Paatsalu_vallavalitsus, lk 25
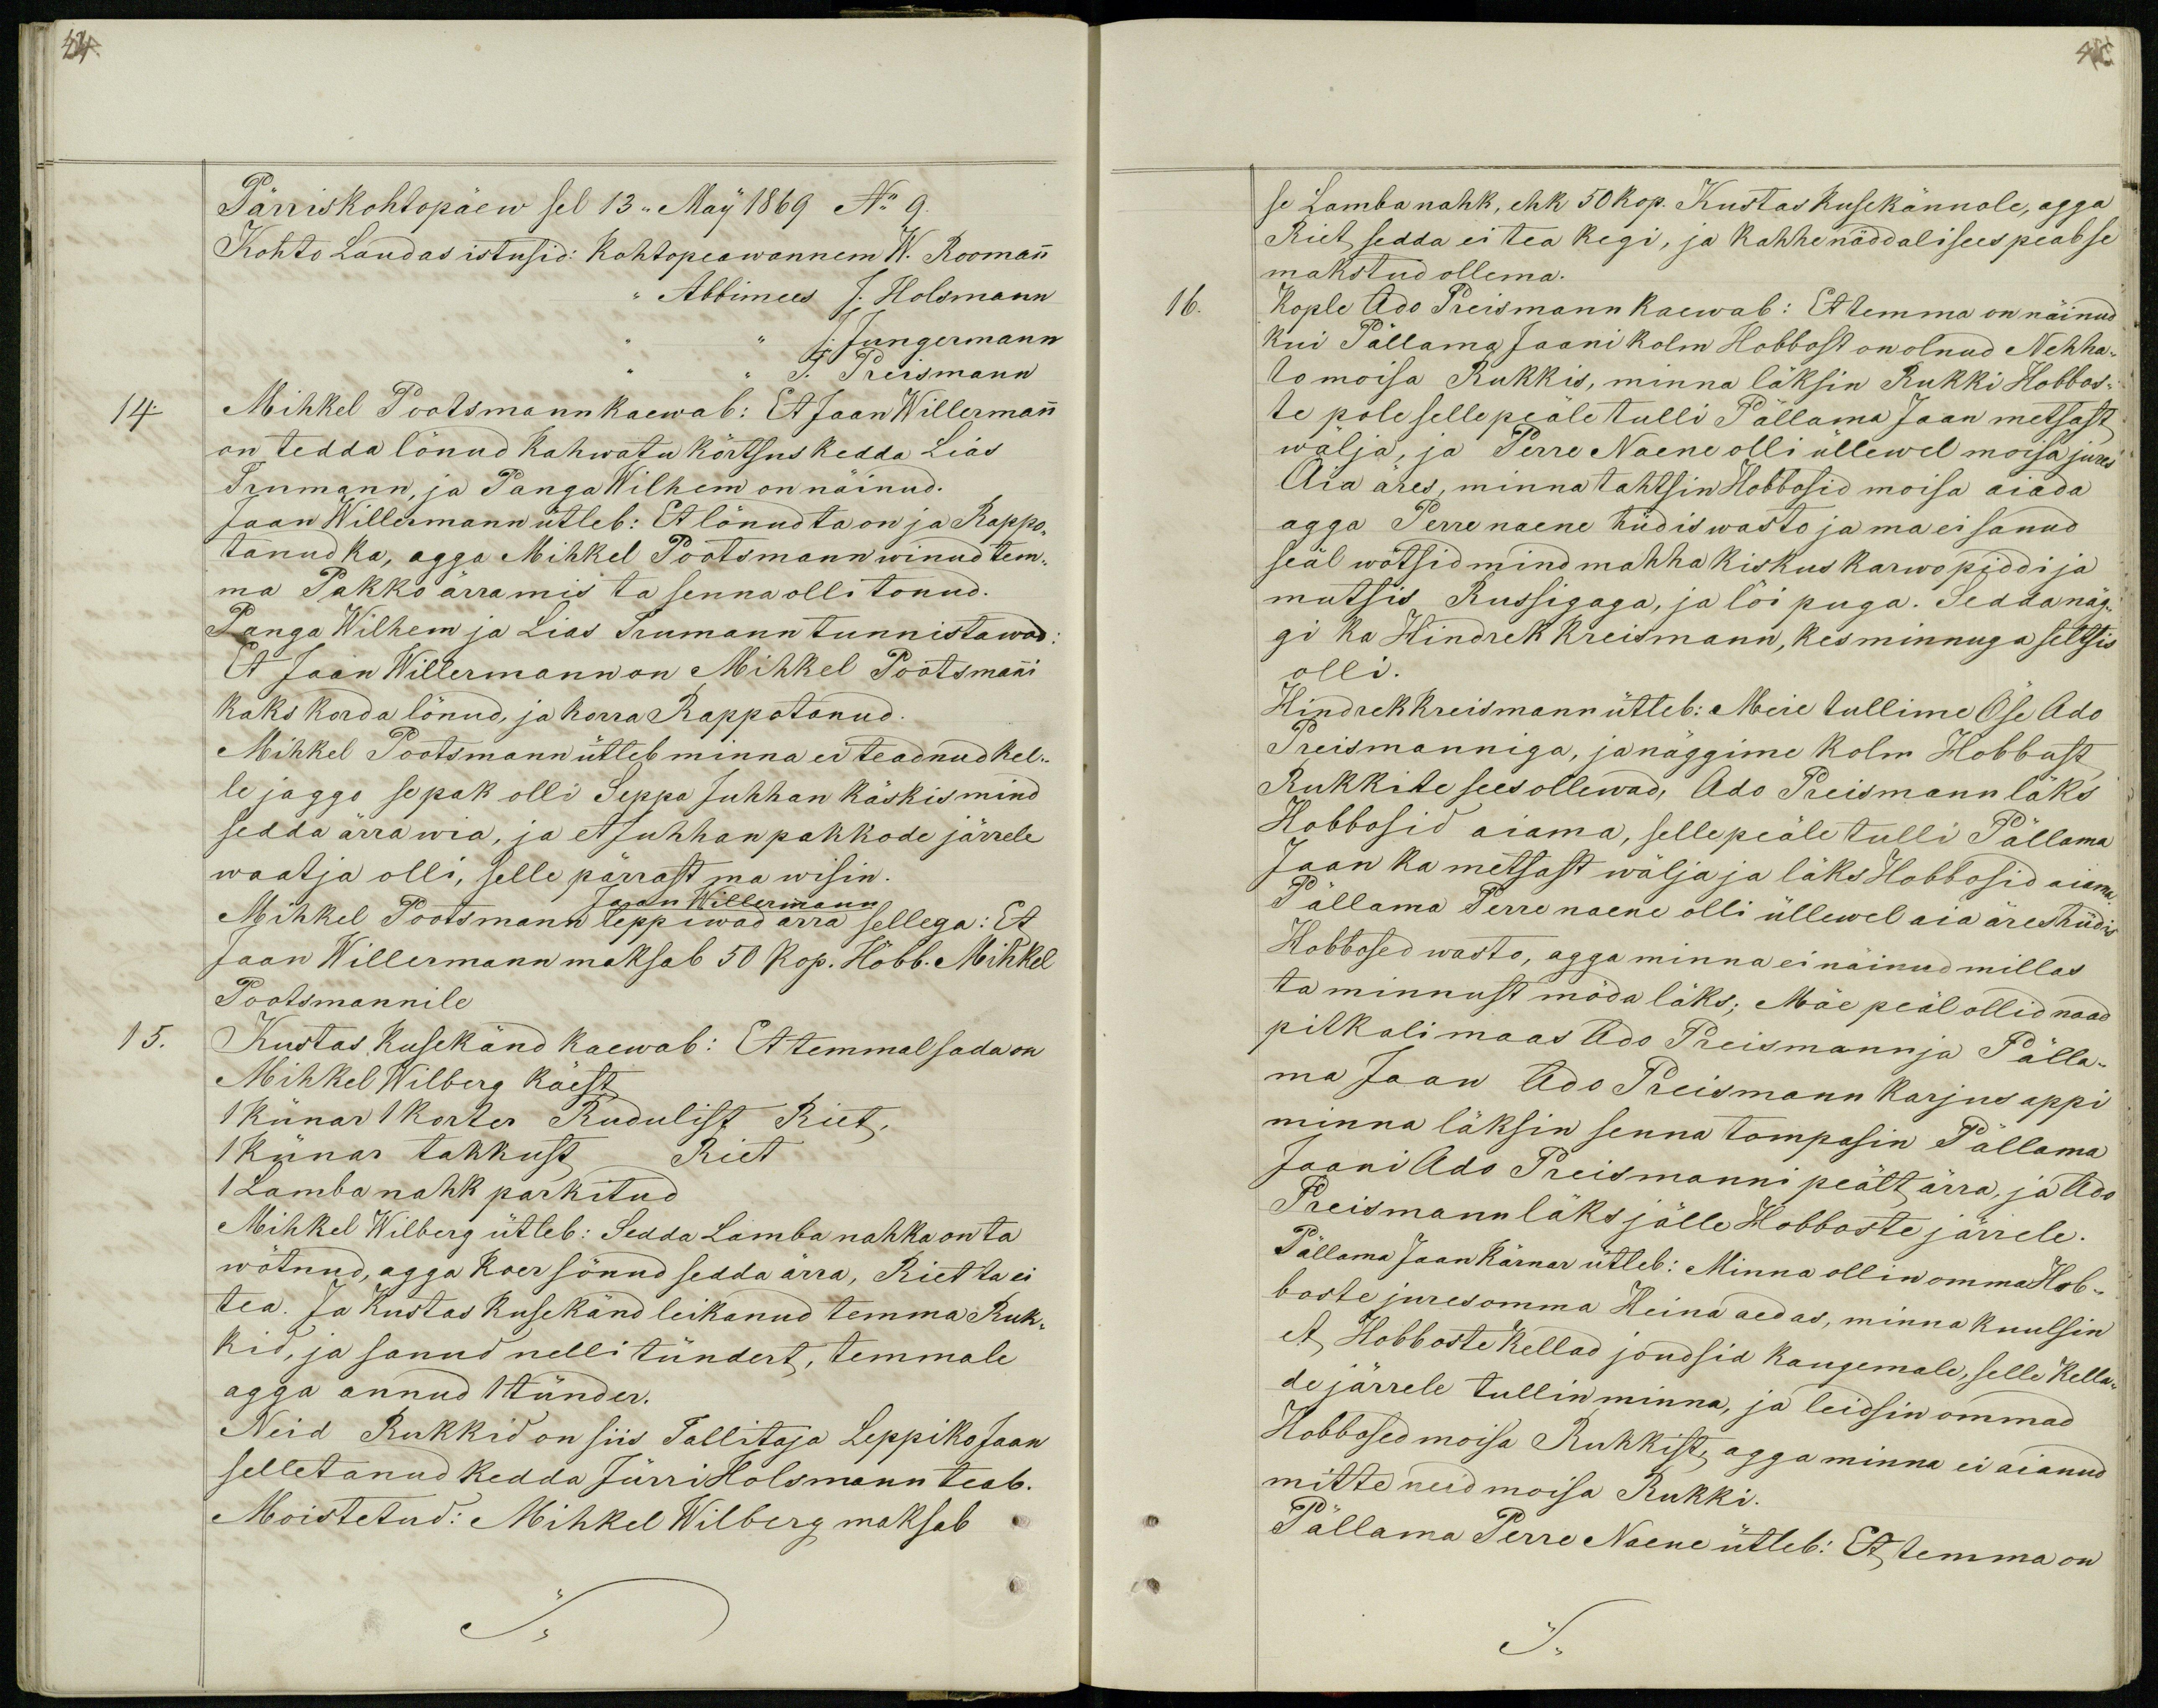
44

45

Pärriskohtopäew sel 13 ,, May´´ 1869 No 9.
Kohto Laudas istusid: Kohtopeawannem W. Roomann
,, Abbimees J. Holsmann
J. Jungermann
J. Preismann
14.
Mihkel Pootsmann kaewab: Et Jaan Willermann
on tedda lönud Kahwatu kõrtsus kedda Lias
Irumann, ja Panga Wilhem on näinud.
Jaan Willermann ütleb: Et lönud ta on ja Rappo-
tanud ka, agga Mihkel Pootsmann winud tem-
ma Pakko ärra mis ta senna olli tonud.
Panga Wilhem ja Lias Irumann tunnistawad:
Et Jaan Willermann on Mihkel Pootsmanni
kaks korda lönud, ja korra Rappotanud.
Mihkel Pootsmann ütleb minna ei teadnud kel-
le jaggo se pak olli Seppa Juhhan käskis mind
sedda ärra wia, ja et Juhhan pakkode järrele
waatja olli, selle pärrast ma wisin.
Mihkel Pootsmann leppiwad ärra sellega: Et
Jaan Willermann
Jaan Willermann maksab 50 kop. Höbb. Mihkel
Pootsmannile
15.
Kustas Kusekänd kaewab: Et temmal sada on
Mihkel Wilberg käest
1 Künar 1 korter Rudulist Riet,
1 Künar takkust
Riet
1 Lamba nahk parkitud
Mihkel Wilberg ütleb: Sedda Lamba nahka on ta
wõtnud, agga Koer sönud sedda ärra, Riet ta ei
tea. Ja Kustas Kusekänd leikanud temma Ruk-
kid, ja sanud nelli tündert, temmale
agga annud 1 tünder.
Neid Rukkid on siis Tallitaja Leppiko Jaan
selletanud kedda Jürri Holsmann teab.
Moistetud: Mihkel Wilberg maksab

se Lamba nahk, ehk 50 kop. Kustas Kusekännole, agga
Riet sedda ei tea kegi, ja kahhe näddali sees peab se
makstud ollema.
16.
Kople Ado Preismann kaewab: Et temma on näinud
kui Pällama Jaani kolm Hobbost on olnud Nehha-
to moisa Rukkis, minna läksin Rukki Hobbos-
te pole selle peäle tulli Pällama Jaan metsast
wälja, ja Perre Naene olli üllewel moisa jures
Aia äres, minna tahtsin Hobbosid moisa aiada
agga Perre naene hüdis wasto ja ma ei sanud
seäl wõtsid mind mahha kiskus karwopiddi ja
mutsis Russigaga, ja lõi puga. Sedda näg-
gi ka Hindrek Kreismann, kes minnuga seltsis
olli.
Hindrek Kreismann ütleb: Meie tullime Öse Ado
Preismanniga, ja näggime kolm Hobbost
Rukkite sees ollewad, Ado Preismann läks
Hobbosid aiama, sellepeäle tulli Pällama
Jaan ka metsast wälja ja läks Hobbosid aiama
Pällama Perre naene olli üllewel aia äres hüdis
Hobbosed wasto, agga minna ei näinud millas
ta minnust möda läks; Mäe peäl ollid naad
pitkali maas Ado Preismann ja Pälla-
ma Jaan Ado Preismann karjus appi
minna läksin senna tompasin Pällama
Jaani Ado Preismanni peält ärra, ja Ado
Preismann läks jälle Hobboste järrele.
Pällama Jaan Kärnar ütleb: Minna ollin omma Hob-
boste jures omma Heina aedas, minna kuulsin
et Hobboste Kellad joudsid kaugemale, selle Kella-
de järrele tullin minna, ja leidsin ommad
Hobbosed moisa Rukkist, agga minna ei aianud
mitte neid moisa Rukki.
Pällama Perre Naene ütleb: Et temma on